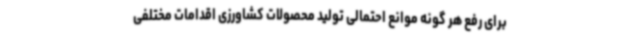
برای رفع هر گونه موانع احتمالی تولید محصولات کشاورزی اقدامات مختلفی